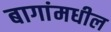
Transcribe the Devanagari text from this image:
बागांमधील